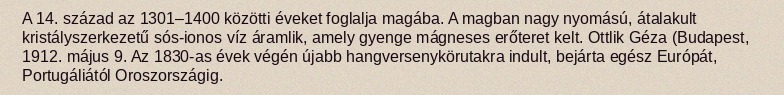
A 14. század az 1301–1400 közötti éveket foglalja magába. A magban nagy nyomású, átalakult kristályszerkezetű sós-ionos víz áramlik, amely gyenge mágneses erőteret kelt. Ottlik Géza (Budapest, 1912. május 9. Az 1830-as évek végén újabb hangversenykörutakra indult, bejárta egész Európát, Portugáliától Oroszországig.